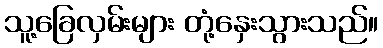
သူ့ခြေလှမ်းများ တုံ့နှေးသွားသည်။